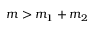
m > m _ { 1 } + m _ { 2 }